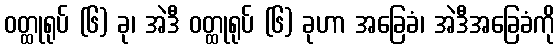
ဝတ္ထုရုပ် (၆) ခု၊ အဲဒီ ဝတ္ထုရုပ် (၆) ခုဟာ အခြေခံ၊ အဲဒီအခြေခံကို